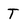
Character: T